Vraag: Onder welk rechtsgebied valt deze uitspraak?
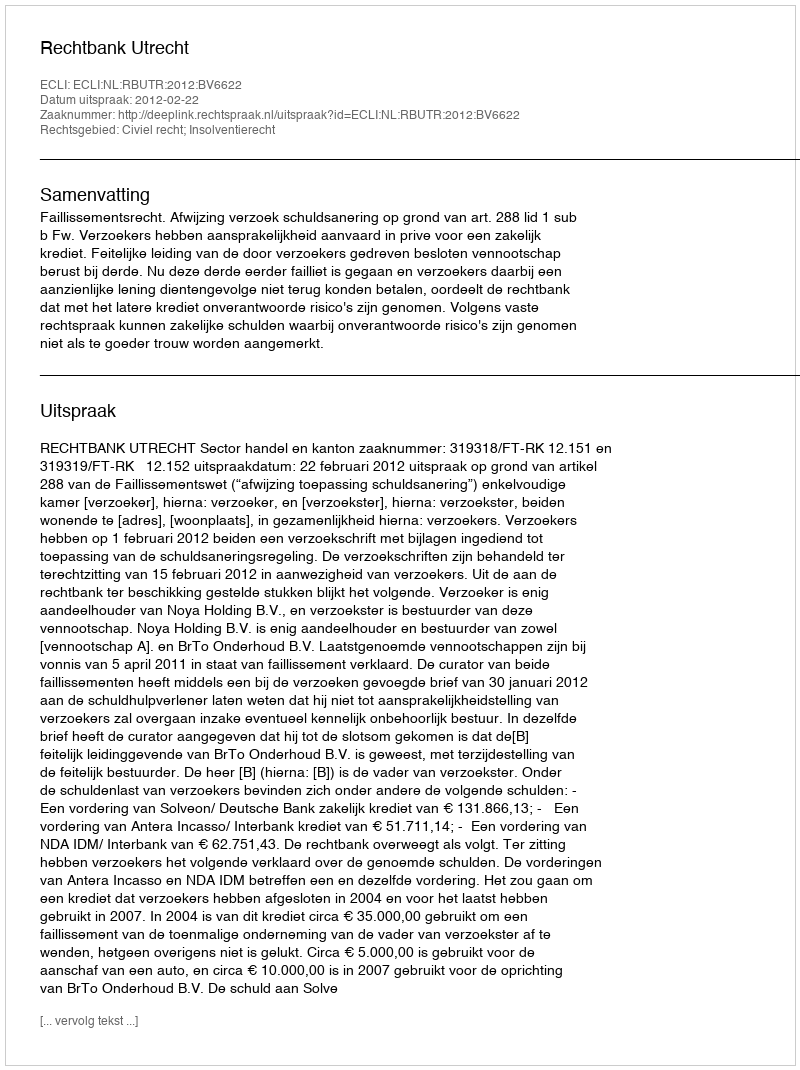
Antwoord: Civiel recht; Insolventierecht